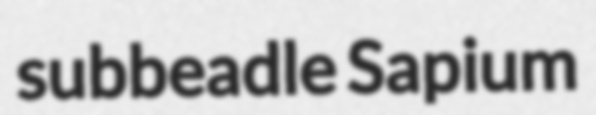
subbeadle Sapium